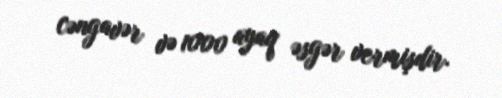
cəngavər və 1000 ayaq əsgər vermişdir.